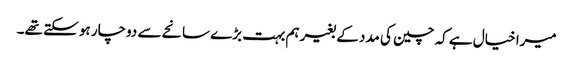
میرا خیال ہے کہ چین کی مدد کے بغیر ہم بہت بڑے سانحے سے دوچار ہو سکتے تھے۔